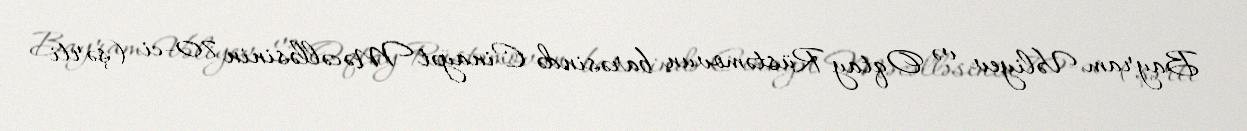
Bayram Vəliyev və Oqtay Rüstəmovun barəsində Cinayət Məcəlləsinin 70-ci (şərti